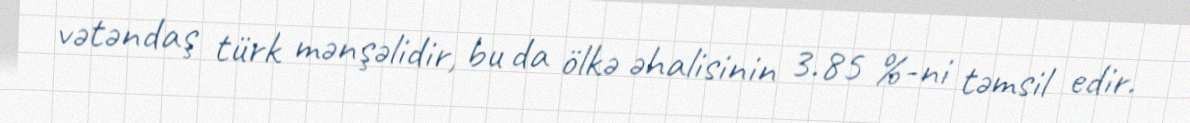
vətəndaş türk mənşəlidir, bu da ölkə əhalisinin 3.85 %-ni təmsil edir.